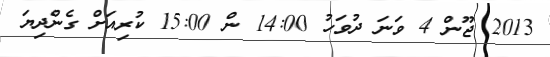
2013 ޖޫން 4 ވަނަ ދުވަހު 14:00 ން 15:00 ކުރިއަށް ގެންދިޔަ